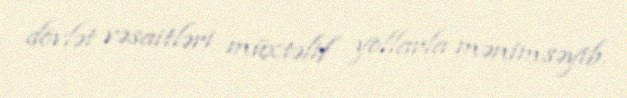
dövlət vəsaitləri müxtəlif yollarla mənimsəyib.